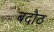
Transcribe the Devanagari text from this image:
बदौठ